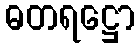
ဓတရဋ္ဌော